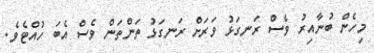
މިހެން ބުނާއިރު ވެސް ރަނގަޅު ވަރަށް ރަނގަޅު ތަންތަން ވެސް އެބަ ހުއްޓެވެ.